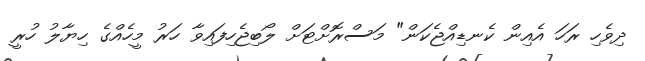
ދިވެހި ރަހަ އެއިން ކެނޑިއްޖެކަން" މަސްރޮށްޓަށް ލޯބިޖެހިފައިވާ ހަރު މީހެއްގެ ހިޔާލު ހުރީ